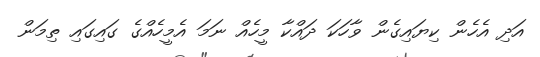
އަދި އެހެން ކިޔައިގެން ވާހަކަ ދަައްކާ މީހެއް ނަމަ އެމީހެއްގެ ގައިގައި ތިމަން